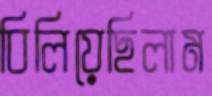
বিলিয়েছিলাম